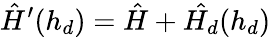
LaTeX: \hat{H}^{\prime}(h_{d})=\hat{H}+\hat{H_{d}}(h_{d})